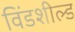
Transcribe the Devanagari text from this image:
विंडशील्‍ड